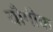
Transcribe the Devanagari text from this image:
यौगीक